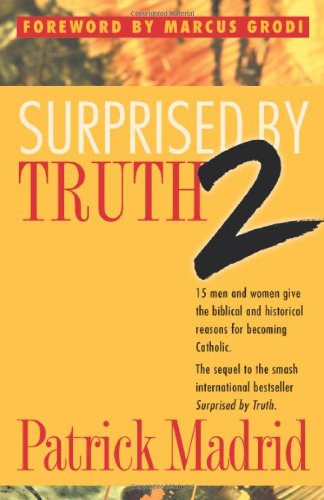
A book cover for Surprised by Truth 2: 15 Men and Women Give the Biblical and Historical Reasons For Becoming Catholic. (v. 2); Patrick Madrid; Christian Books & Bibles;